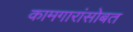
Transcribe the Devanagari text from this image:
कामगारांसोबत